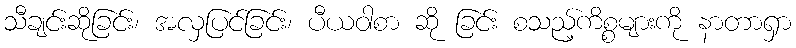
သီချင်းဆိုခြင်း၊ အလှပြင်ခြင်း၊ ပီယဝါစာ ဆို ခြင်း စသည့်ကိစ္စများကို နာတာရှာ